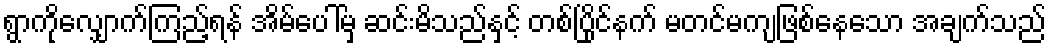
ရွာကိုလျှောက်ကြည့်ရန် အိမ်ပေါ်မှ ဆင်းမိသည်နှင့် တစ်ပြိုင်နက် မတင်မကျဖြစ်နေသော အချက်သည်